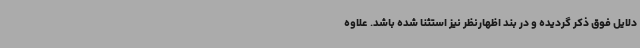
دلایل فوق ذکر گردیده و در بند اظهارنظر نیز استثنا شده باشد. علاوه